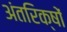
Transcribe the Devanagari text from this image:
अंतरिक्षों